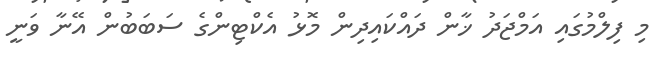
މި ފިލްމުގައި އަމްޖަދު ޚާން ދައްކައިދިން މޮޅު އެކްޓިންގެ ސަބަބުން އޭނާ ވަނީ